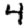
Digit: 4